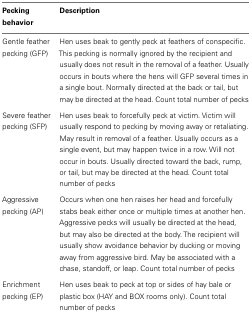
| Pecking behavior | Description |
 | --- | --- |
 | Gentle feather pecking (GFP) | Hen uses beak to gently peck at feathers of conspecific. This pecking is normally ignored by the recipient and usually does not result in the removal of a feather. Usually occurs in bouts where the hens will GFP several times in a single bout. Normally directed at the back or tail, but may be directed at the head. Count total number of pecks |
 | Severe feather pecking (SFP) | Hen uses beak to forcefully peck at victim. Victim will usually respond to pecking by moving away or retaliating. May result in removal of a feather. Usually occurs as a single event, but may happen twice in a row. Will not occur in bouts. Usually directed toward the back, rump, or tail, but may be directed at the head. Count total number of pecks |
 | Aggressive pecking (AP) | Occurs when one hen raises her head and forcefully stabs beak either once or multiple times at another hen. Aggressive pecks will usually be directed at the head, but may also be directed at the body. The recipient will usually show avoidance behavior by ducking or moving away from aggressive bird. May be associated with a chase, standoff, or leap. Count total number of pecks |
 | Enrichment pecking (EP) | Hen uses beak to peck at top or sides of hay bale or plastic box (HAY and BOX rooms only). Count total number of pecks |